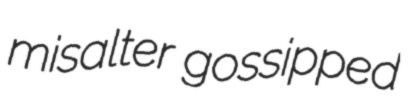
misalter gossipped